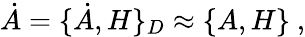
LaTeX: \dot{A}=\{ \dot{A},H\} _{D}\approx\{ A,H\} \ ,